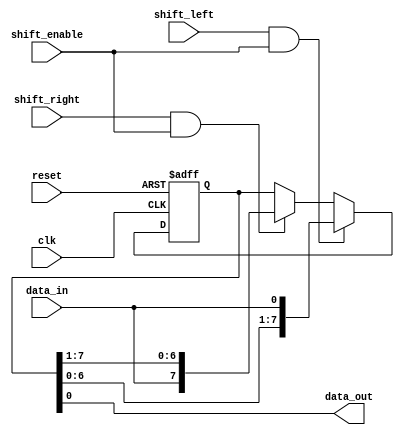
module bidirectional_shift_register (
    input clk,
    input reset,
    input shift_left,
    input shift_right,
    input shift_enable,
    input data_in,
    output reg data_out
);

reg [7:0] reg_data;

always @ (posedge clk or posedge reset) begin
    if (reset) begin
        reg_data <= 8'b0;
    end else begin
        if (shift_left && shift_enable) begin
            reg_data <= {reg_data[6:0], data_in};
        end else if (shift_right && shift_enable) begin
            reg_data <= {data_in, reg_data[7:1]};
        end
    end
end

assign data_out = reg_data;

endmodule